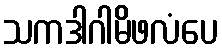
သကဒါဂါမိဖလံပေ